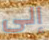
إلى